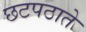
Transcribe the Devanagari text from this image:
छटपठाते